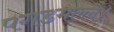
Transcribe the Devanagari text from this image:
पगडमल्लै।